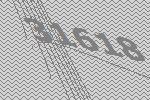
31618